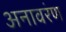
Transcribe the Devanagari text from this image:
अनावरंण